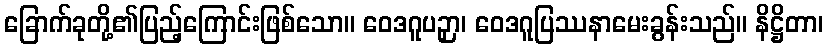
ခြောက်ခုတို့၏ပြည့်ကြောင်းဖြစ်သော။ ဝေဒဂူပဉှာ၊ ဝေဒဂူပြဿနာမေးခွန်းသည်။ နိဋ္ဌိတာ၊